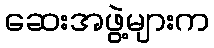
ဆေးအဖွဲ့များက